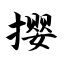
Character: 撄